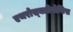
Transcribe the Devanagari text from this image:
एथरोस्क्लीरोसिस